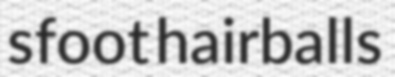
sfoot hairballs